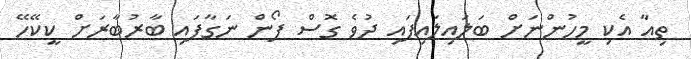
ތިއާ އެކި މީހުންނަށް ބަލައިލައިފައި ދުވެ ގޮސް ފޯން ނަގާފައި ބާރުބާރަށް ކީކޭހޭ